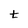
Character: t